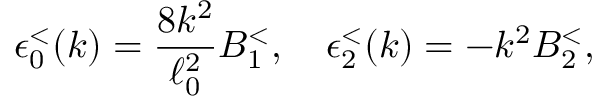
\epsilon _ { 0 } ^ { < } ( k ) = { \frac { 8 k ^ { 2 } } { \ell _ { 0 } ^ { 2 } } } B _ { 1 } ^ { < } , \quad \epsilon _ { 2 } ^ { < } ( k ) = - k ^ { 2 } B _ { 2 } ^ { < } ,